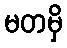
မတမှိ